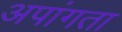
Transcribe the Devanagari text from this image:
अपांगता